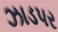
ઝાડપર